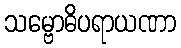
သမ္ဗောဓိပရာယဏာ